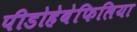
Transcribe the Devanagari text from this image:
पीडोहेबेफिलिया